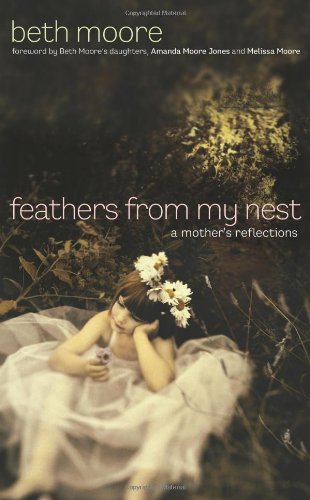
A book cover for Feathers from My Nest: A Mother's Reflections; Beth Moore; Religion & Spirituality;